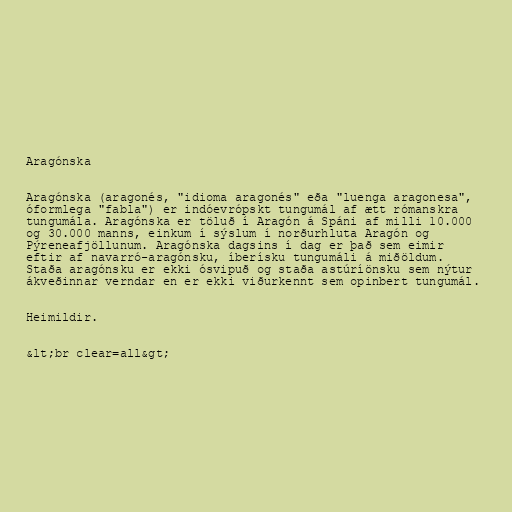
Aragónska

Aragónska (aragonés, "idioma aragonés" eða "luenga aragonesa",
óformlega "fabla") er indóevrópskt tungumál af ætt rómanskra
tungumála. Aragónska er töluð í Aragón á Spáni af milli 10.000
og 30.000 manns, einkum í sýslum í norðurhluta Aragón og
Pýreneafjöllunum. Aragónska dagsins í dag er það sem eimir
eftir af navarró-aragónsku, íberísku tungumáli á miðöldum.
Staða aragónsku er ekki ósvipuð og staða astúríönsku sem nýtur
ákveðinnar verndar en er ekki viðurkennt sem opinbert tungumál.

Heimildir.

&lt;br clear=all&gt;